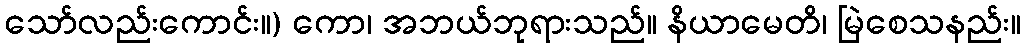
သော်လည်းကောင်း။) ကော၊ အဘယ်ဘုရားသည်။ နိယာမေတိ၊ မြဲစေသနည်း။